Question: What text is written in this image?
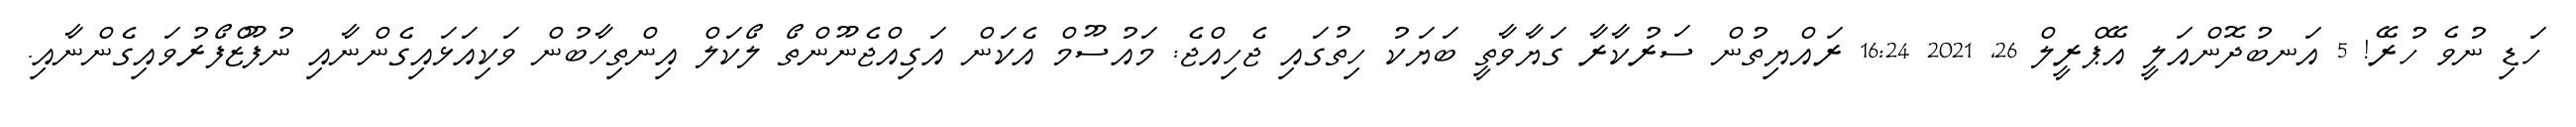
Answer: ހަޑި ނުވެ ހުރޭ! 5 އަނބުދޮންއަލީ އޭޕްރީލް 26, 2021 16:24 ރައްޔިތުން ސަރުކާރާ ގަޔާވާތީ ބަޔަކު ހިތުގައި ޖެހިއްޖެ: މައުސޫމް އެކަން އަގިއްޖެނޫންތޯ ލޯކަލް އިންތިހާބުން ވަކިއަޅައިގެންނާއި ނުފޫޒްފޯރުވައިގެންނާއި.